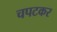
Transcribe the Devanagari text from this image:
चपटकर